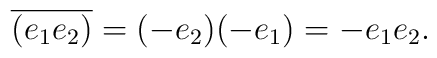
\overline{(e_{1}e_{2})}=(-e_{2})(-e_{1})=-e_{1}e_{2}.